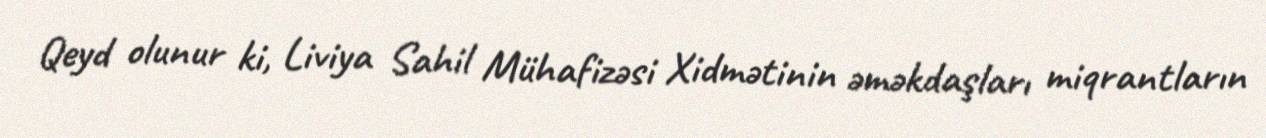
Qeyd olunur ki, Liviya Sahil Mühafizəsi Xidmətinin əməkdaşları miqrantların